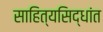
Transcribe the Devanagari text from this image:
साहित्यसिद्धांत